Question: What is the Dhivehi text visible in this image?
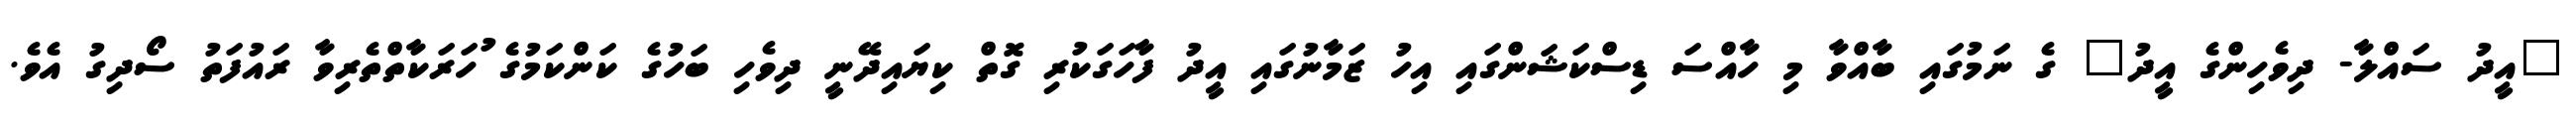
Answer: "އީދު ސައްލާ- ދިވެހިންގެ އީދު" ގެ ނަމުގައި ބާއްވާ މި ހާއްސަ ޑިސްކަޝަންގައި އިހު ޒަމާނުގައި އީދު ފާހަގަކުރި ގޮތް ކިޔައިދޭނީ ދިވެހި ބަހުގެ ކަންކަމުގެ ުހަރަކާތްތެރިވާ ރައުފަތު ސޯދިގު އެވެ.